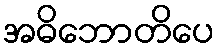
အဓိဘောတိပေ